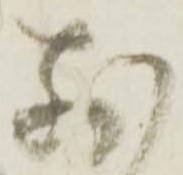
前